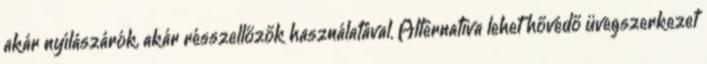
akár nyílászárók, akár résszellőzők használatával. Alternatíva lehet hővédő üvegszerkezet